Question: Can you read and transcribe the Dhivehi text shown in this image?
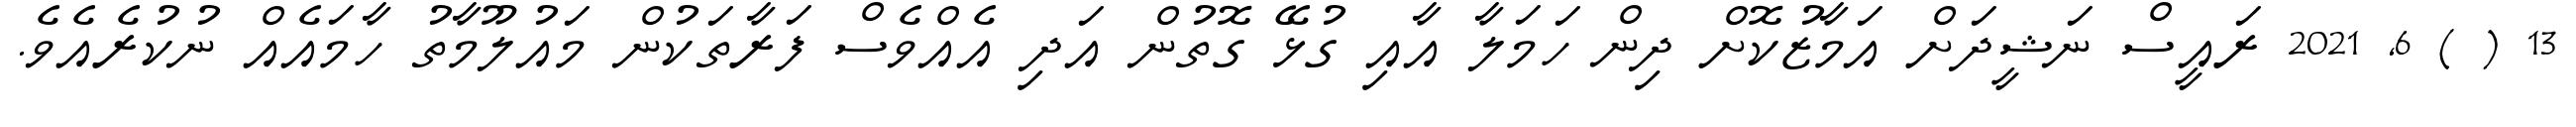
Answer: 13 ( ) 6, 2021 ރައީސް ނަޝީދަށް އަމާޒުކޮށް ދިން ހަމަލާ އާއި ގުޅޭ ގޮތުން އަދި އެއްވެސް ފަރާތަކުން މައުލޫމާތު ހާމައެއް ނުކުރެއެވެ.